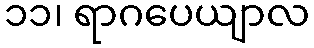
၁၁၊ ရာဂပေယျာလ